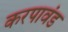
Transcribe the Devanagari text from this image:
करपावंड